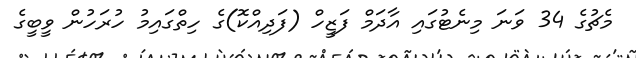
މެޗުގެ 34 ވަނަ މިނެޓުގައި އާދަމް ފަޒީހް (ފަދިއްކޮ)ގެ ހިތްގައިމު ހުރަހުން ވީބީގެ